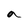
Character: a